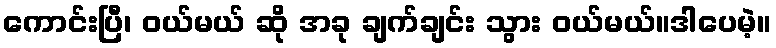
ကောင်းပြီ၊ ဝယ်မယ် ဆို အခု ချက်ချင်း သွား ဝယ်မယ်။ဒါပေမဲ့။